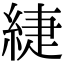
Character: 緁